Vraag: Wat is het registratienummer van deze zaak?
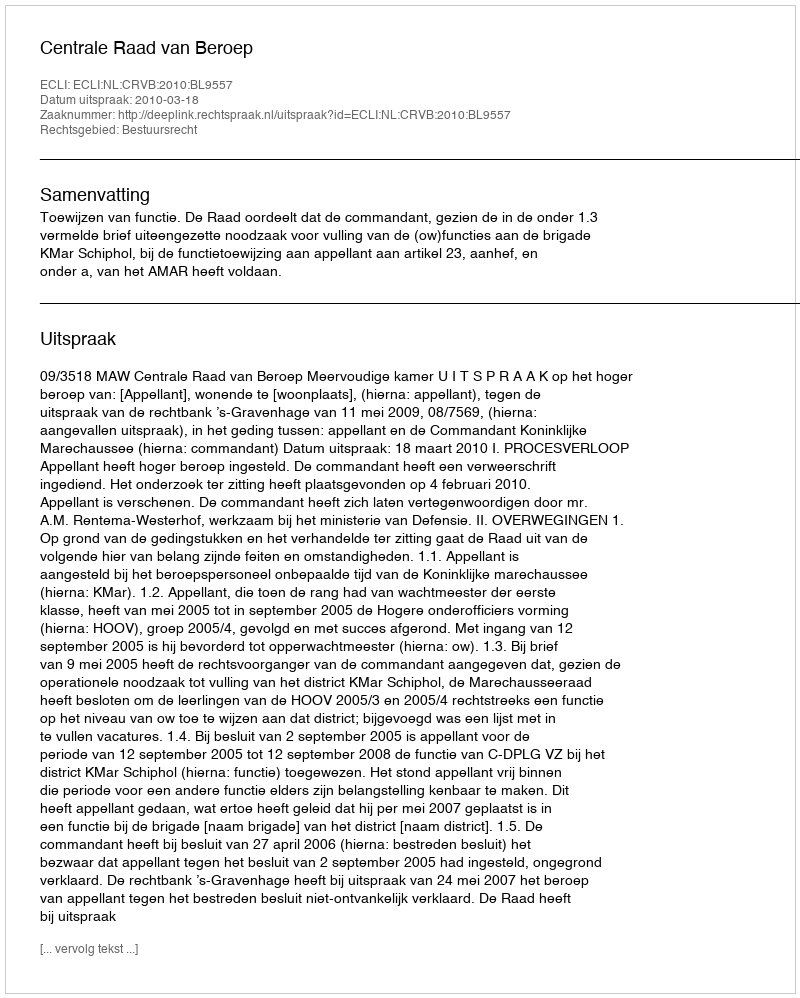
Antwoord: http://deeplink.rechtspraak.nl/uitspraak?id=ECLI:NL:CRVB:2010:BL9557